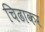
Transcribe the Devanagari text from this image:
चिढाकर